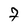
Character: 7